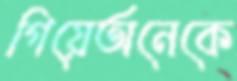
গিয়েঅনেকে